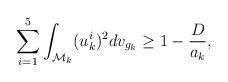
LaTeX: \begin{align*}\sum_{i=1}^5\int_{\mathcal{M}_{k}}(u_{k}^i)^2dv_{g_{k}}\geq 1-\frac{D}{a_{k}},\end{align*}